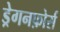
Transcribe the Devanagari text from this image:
ड्रेगनफ़ोर्स